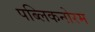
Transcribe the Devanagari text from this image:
पब्लिकनोरम